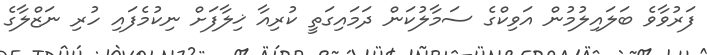
ފަރުވާވެ ބަލައިލުމުން އަވިކްގެ ސަމާލުކަން ދަަމައިގަތީ ކުރިއާ ޚިލާފަށް ނިކުމެފައި ހުރި ނަޒްލާގެ